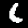
Digit: 6